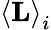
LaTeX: \left<\mathbf{L}\right>_{i}